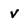
Character: V